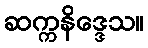
ဆက္ကနိဒ္ဒေသ။